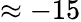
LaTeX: \approx-15